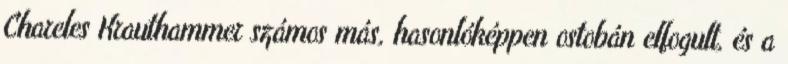
Chareles Krauthammer számos más, hasonlóképpen ostobán elfogult, és a